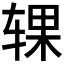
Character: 𰺍